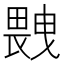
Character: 𤲼